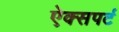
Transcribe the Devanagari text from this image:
ऐक्सपर्ट